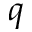
q